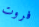
فروت